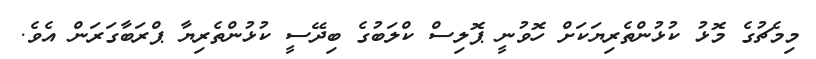
މިމެޗުގެ މޮޅު ކުޅުންތެރިޔަކަށް ހޮވުނީ ޕޮލިސް ކްލަބުގެ ބިދޭސީ ކުޅުންތެރިޔާ ޕްރަބާގަރަން އެވެ.